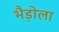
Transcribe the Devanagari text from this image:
भैड़ोला